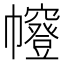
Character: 㡧